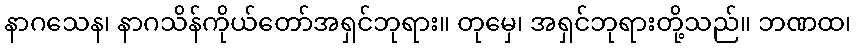
နာဂသေန၊ နာဂသိန်ကိုယ်တော်အရှင်ဘုရား။ တုမှေ၊ အရှင်ဘုရားတို့သည်။ ဘဏထ၊